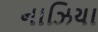
નાઝિયા